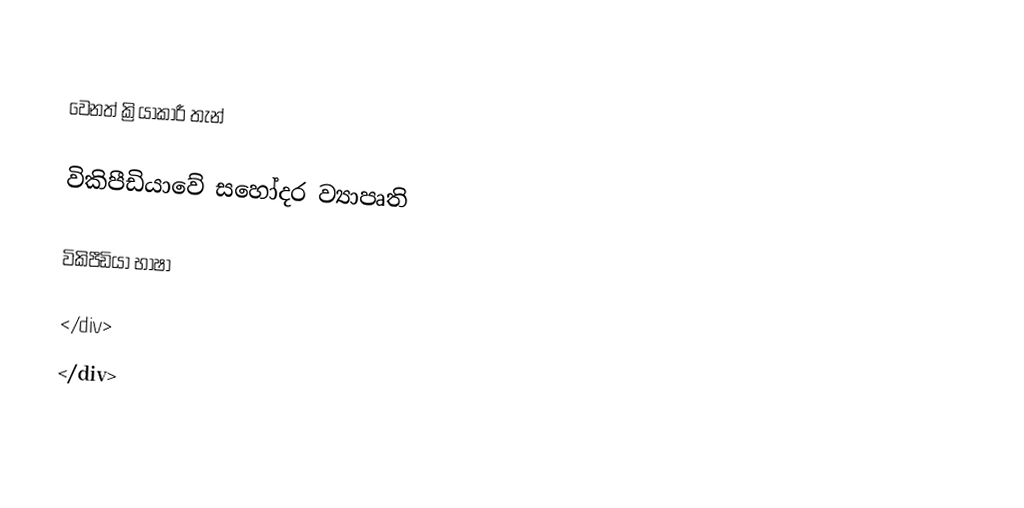

වෙනත් ක්‍රියාකාරී තැන්

විකිපීඩියාවේ සහෝදර ව්‍යාපෘති

විකිපීඩියා භාෂා

</div>
</div>